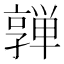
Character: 亸